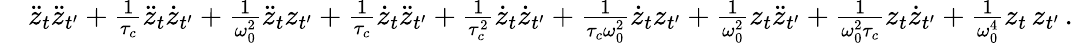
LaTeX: \begin{array}{rl}&{\ddot{z}_{t}\ddot{z}_{t^{\prime}}+\frac{1}{\tau_{c}}\ddot{z}_{t}\dot{z}_{t^{\prime}}+\frac{1}{\omega_{0}^{2}}\ddot{z}_{t}z_{t^{\prime}}+\frac{1}{\tau_{c}}\dot{z}_{t}\ddot{z}_{t^{\prime}}+\frac{1}{\tau_{c}^{2}}\dot{z}_{t}\dot{z}_{t^{\prime}}+\frac{1}{\tau_{c}\omega_{0}^{2}}\dot{z}_{t}{z}_{t^{\prime}}+\frac{1}{\omega_{0}^{2}}z_{t}\ddot{z}_{t^{\prime}}+\frac{1}{\omega_{0}^{2}\tau_{c}}z_{t}\dot{z}_{t^{\prime}}+\frac{1}{\omega_{0}^{4}}z_{t}\, {z}_{t^{\prime}}\, .}\end{array}